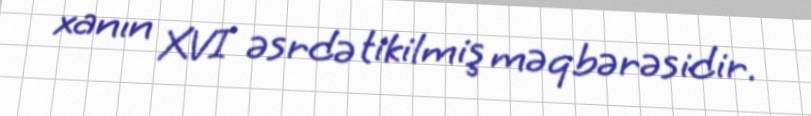
xanın XVI əsrdə tikilmiş məqbərəsidir.